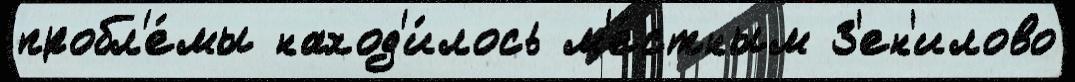
пробл'е́мы наход'и́лось м'е́стным З'ен'илово